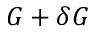
G + \delta G